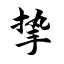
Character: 挚